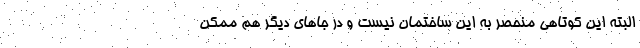
البته این کوتاهی منحصر به این ساختمان نیست و در جاهای دیگر هم ممکن